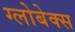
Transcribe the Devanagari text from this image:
ग्लोबेक्स